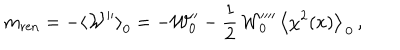
m _ { \mathrm { r e n } } = - \left\langle { \cal W } ^ { \prime \prime } \right\rangle _ { 0 } = - { \cal W } _ { 0 } ^ { \prime \prime } - \frac { 1 } { 2 } \, { \cal W } _ { 0 } ^ { \prime \prime \prime \prime } \, \left\langle \chi ^ { 2 } ( x ) \right\rangle _ { \, 0 } \, ,